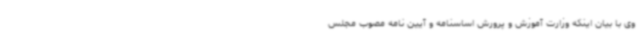
وی با بیان اینکه وزارت آموزش و پرورش اساسنامه و آیین نامه مصوب مجلس